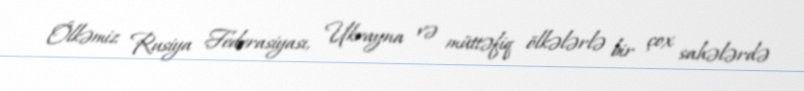
Ölkəmiz Rusiya Federasiyası, Ukrayna və müttəfiq ölkələrlə bir çox sahələrdə